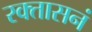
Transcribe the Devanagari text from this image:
रक्तासनं